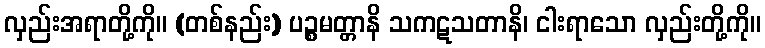
လှည်းအရာတို့ကို။ (တစ်နည်း) ပဉ္စမတ္တာနိ သကဋသတာနိ၊ ငါးရာသော လှည်းတို့ကို။